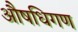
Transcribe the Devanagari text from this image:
औषधिगण